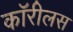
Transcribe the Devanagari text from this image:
कॉरीलस